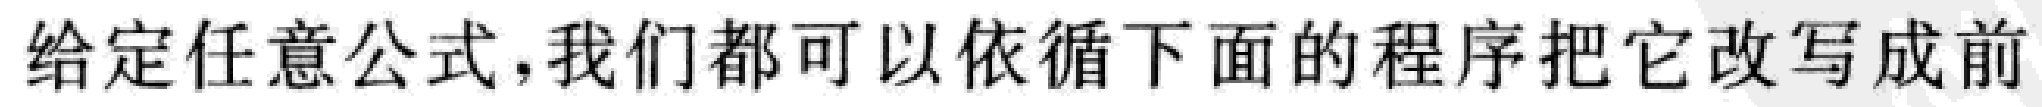
给定任意公式，我们都可以依循下面的程序把它改写成前